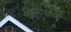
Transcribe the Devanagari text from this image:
जिनपाल